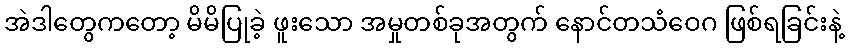
အဲဒါတွေကတော့ မိမိပြုခဲ့ ဖူးသော အမှုတစ်ခုအတွက် နောင်တသံဝေဂ ဖြစ်ရခြင်းနဲ့